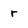
Character: r